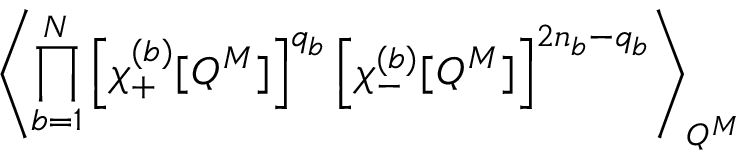
\left\langle \prod _ { b = 1 } ^ { N } \left[ \chi _ { + } ^ { ( b ) } [ Q ^ { M } ] \right] ^ { q _ { b } } \left[ \chi _ { - } ^ { ( b ) } [ Q ^ { M } ] \right] ^ { 2 n _ { b } - q _ { b } } \right\rangle _ { Q ^ { M } } \;